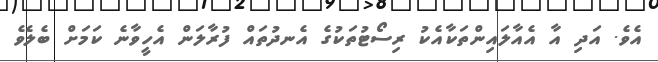
އެވެ. އަދި އާ އެއާލައިންތަކާއެކު ރިސޯޓުތަކުގެ އެނދުތައް ފުރާލަން އެހީވާނެ ކަމަށް ބެލެވެ